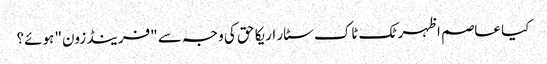
کیا عاصم اظہر ٹک ٹاک سٹار اریکا حق کی وجہ سے "فرینڈ زون" ہوئے؟